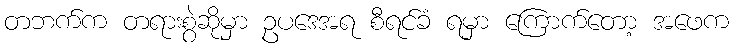
တဘက်က တရားစွဲဆိုမှာ ဥပဒေအရ စီရင်ခံ ရမှာ ကြောက်တော့ အဖေက